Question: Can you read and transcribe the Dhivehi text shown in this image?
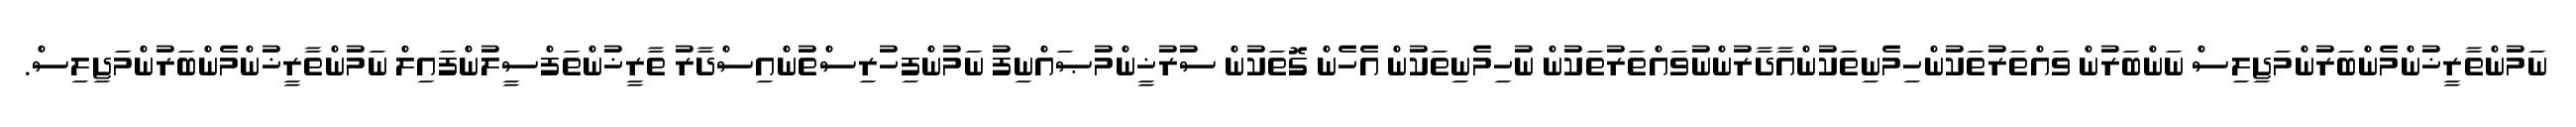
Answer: ނަމުންތާރީޚުންމެންބަރުންމަޖިލިސް ނަންބަރުން ވައްތަރުތަކުންހިމެނިތަކުންއާދާރުންނުވައްތަރުތަކުން ނުހިމެނިތަކުން އެހެން ގޮތަކުން ސުރުޚީންމުޞައްނިފު ނަމުންފިހުރިސްތުންއިސްދާރު ތާރީޚުންތަފްސީލުންފައިލް ނަމުންތާރީޚުންމެންބަރުންމަޖިލިސް.